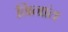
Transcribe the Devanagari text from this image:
निनांत